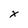
Character: x